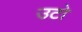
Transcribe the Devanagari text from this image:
उटो